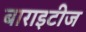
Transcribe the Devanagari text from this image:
बाराइटीज